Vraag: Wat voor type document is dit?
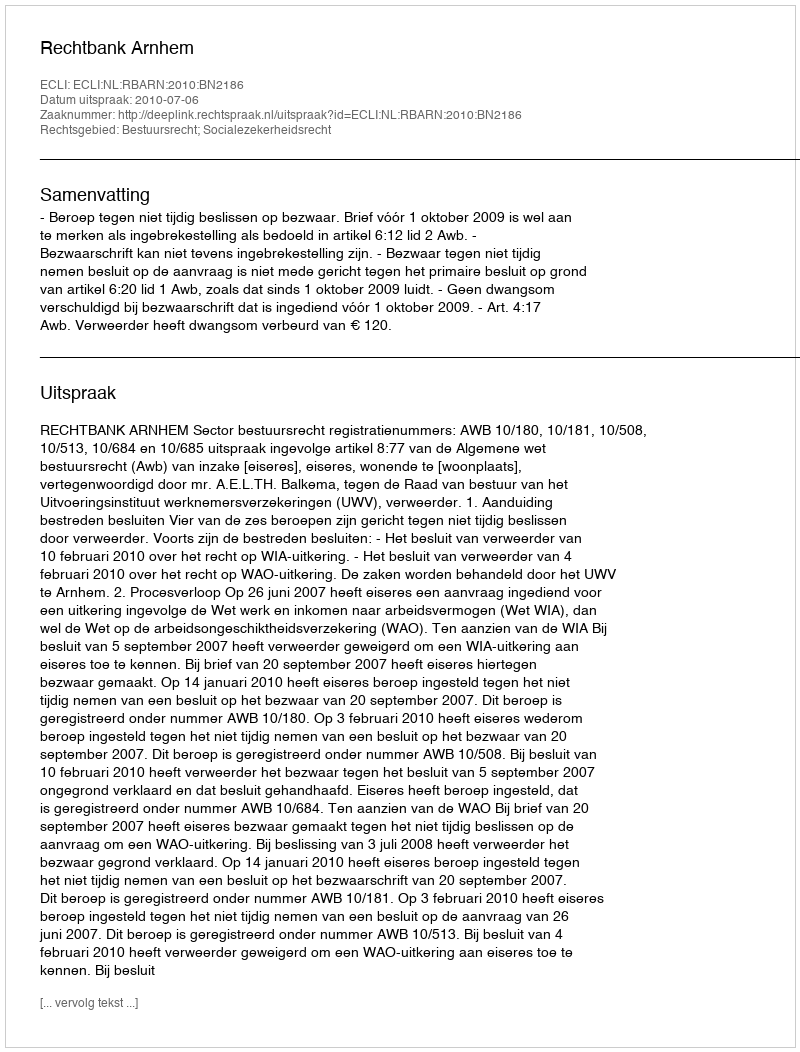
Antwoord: Uitspraak